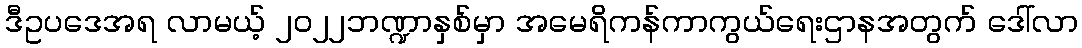
ဒီဥပဒေအရ လာမယ့် ၂၀၂၂ဘဏ္ဍာနှစ်မှာ အမေရိကန်ကာကွယ်ရေးဌာနအတွက် ဒေါ်လာ